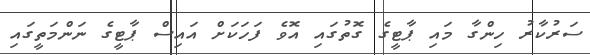
ސަރުކާރު ހިންގާ މައި ޕާޓީގެ ގޮތުގައި އޮވެ ފަހަކަށް އައިސް ޕާޓީގެ ނަންމަތީގައި